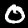
Label: 0